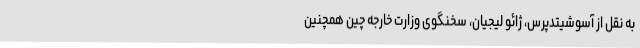
به نقل از آسوشیتدپرس، ژائو لیجیان، سخنگوی وزارت خارجه چین همچنین